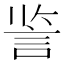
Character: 䛓